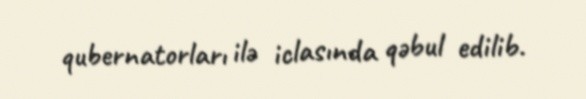
qubernatorları ilə iclasında qəbul edilib.